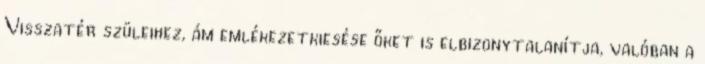
Visszatér szüleihez, ám emlékezetkiesése őket is elbizonytalanítja, valóban a